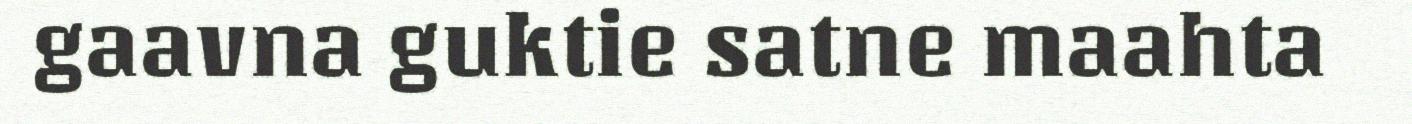
gaavna guktie satne maahta